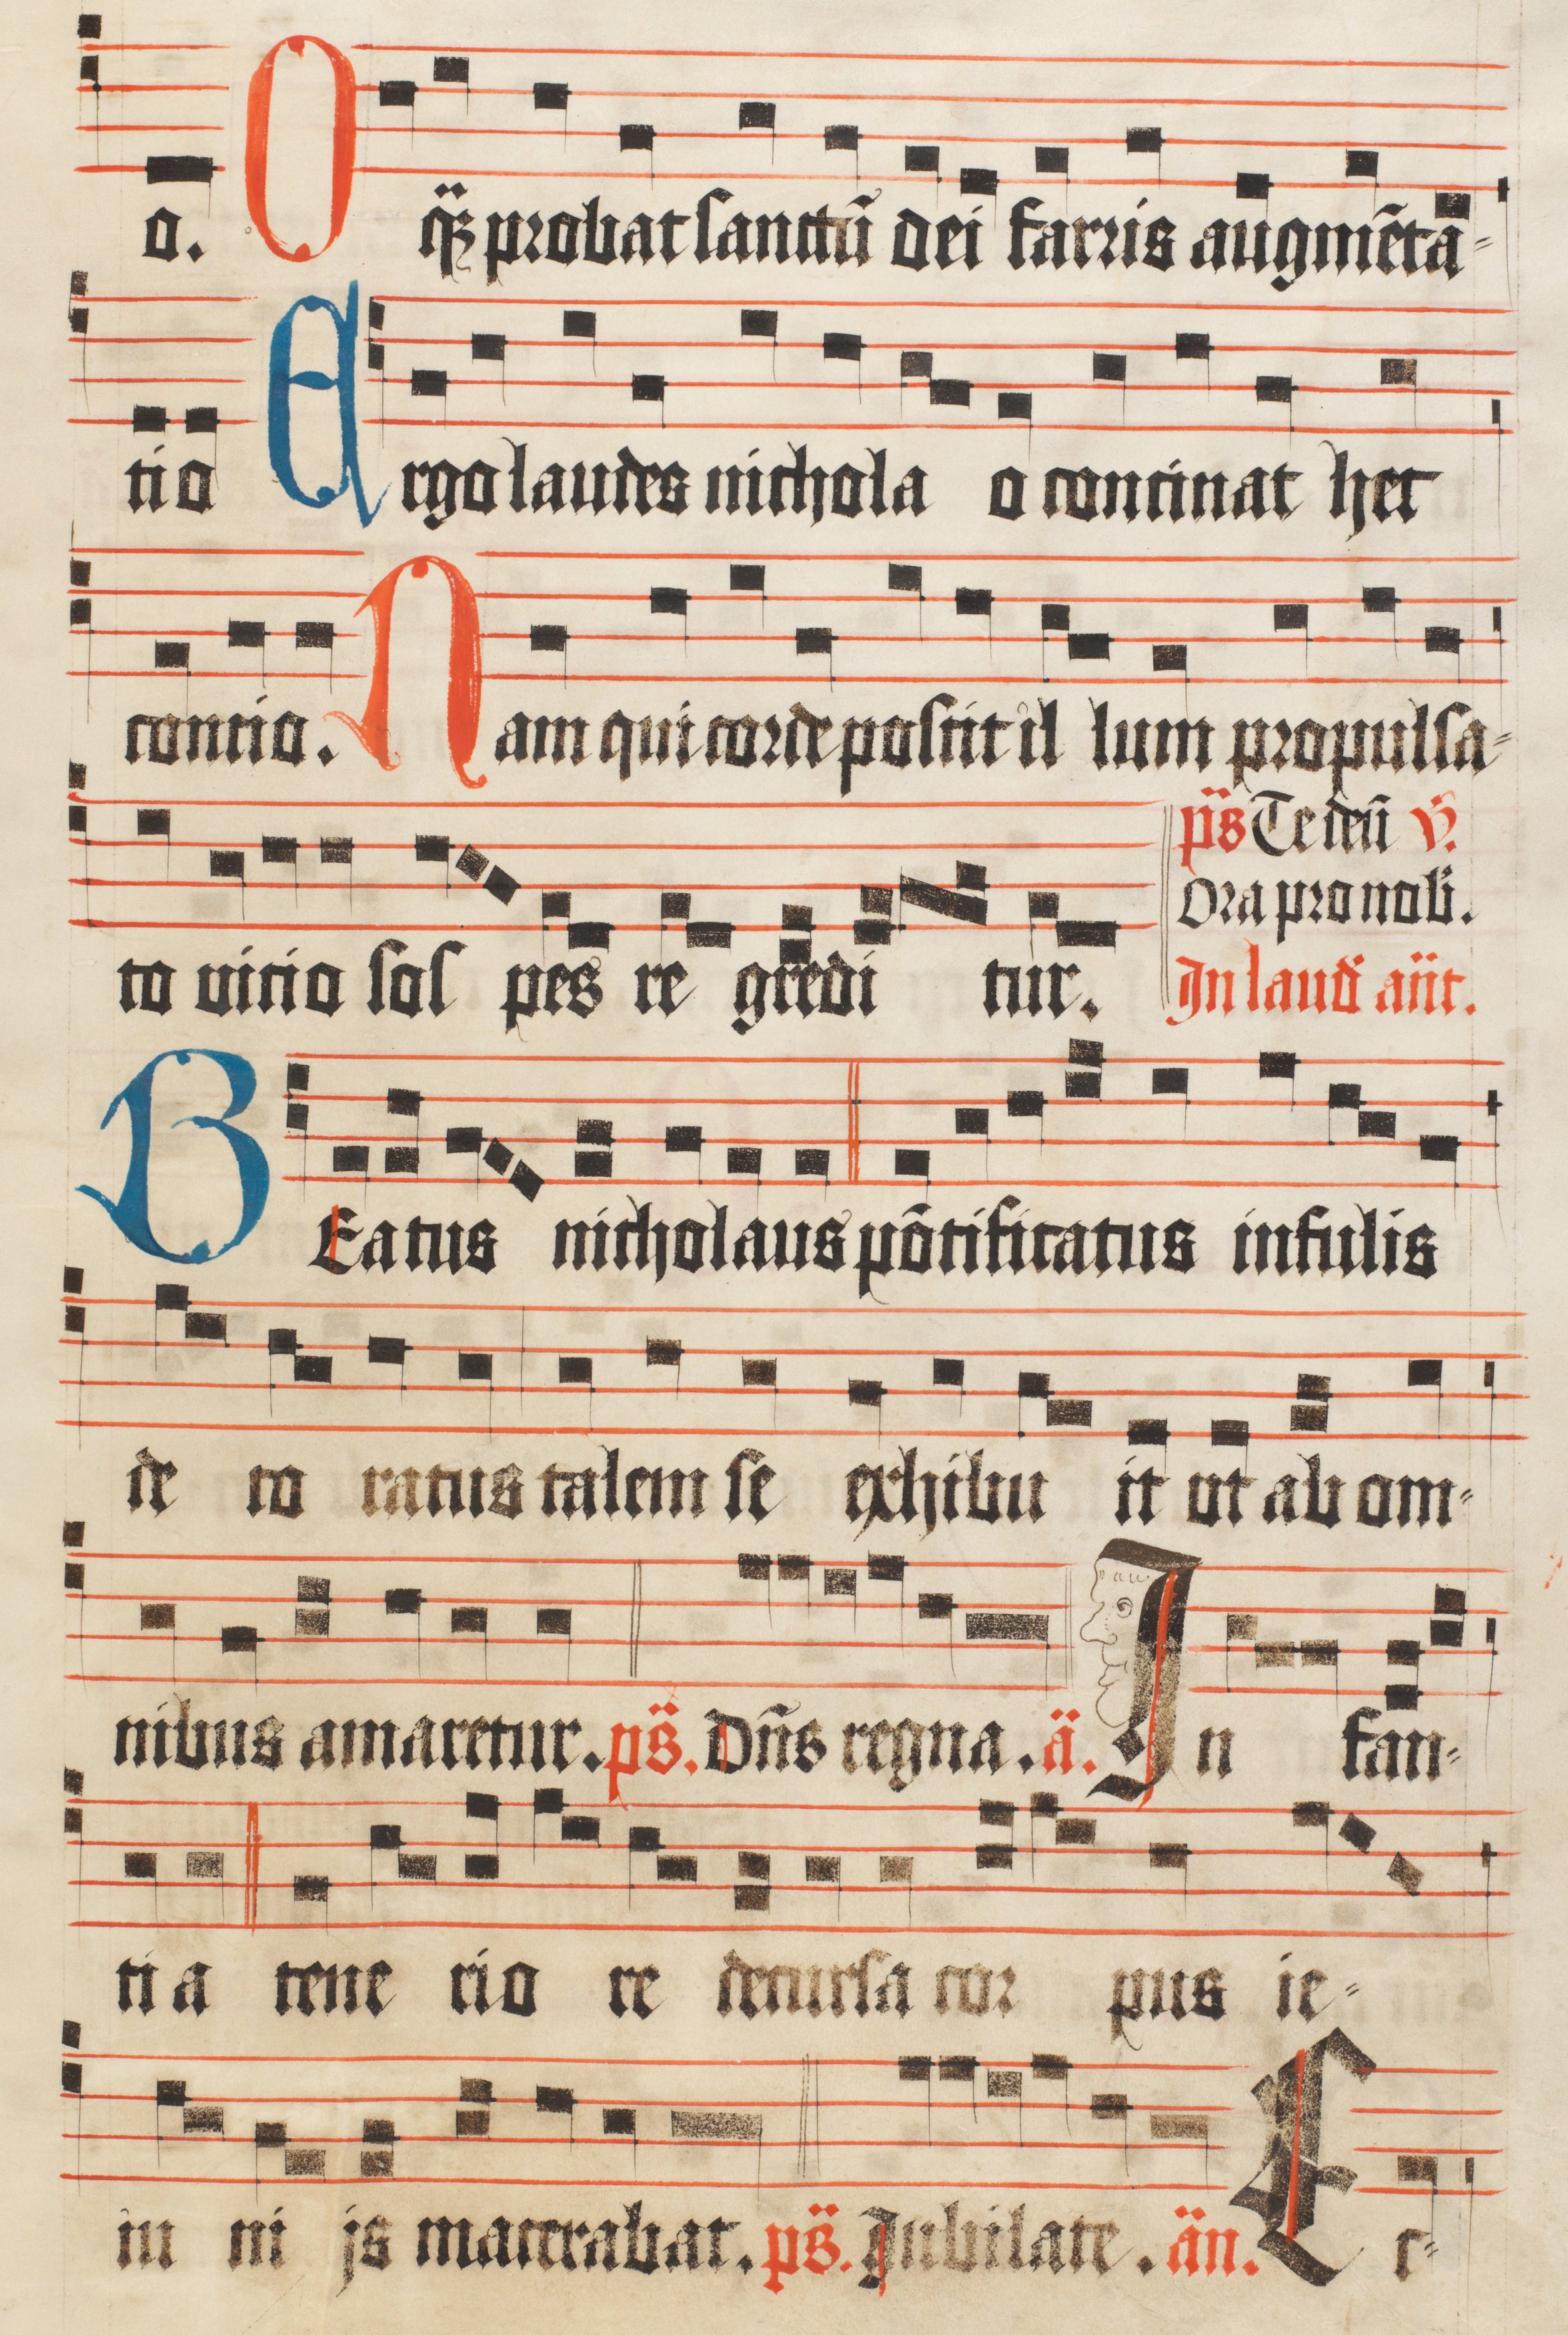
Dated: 1510–1517